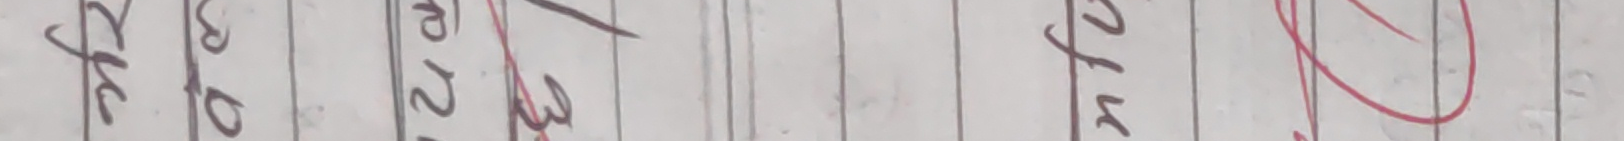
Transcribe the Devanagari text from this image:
सुन्दर